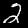
Digit: 2